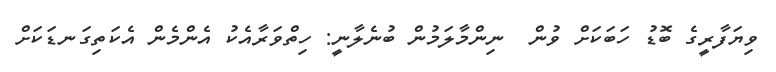
ވިޔަފާރީގެ ބޮޑު ހަބަކަށް ވުން  ނިންމާލަމުން ބުނެލާނީ: ހިތްވަރާއެކު އެންމެން އެކަތިގަނޑަކަށް